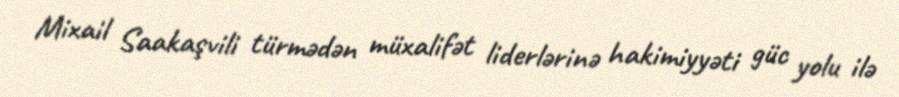
Mixail Saakaşvili türmədən müxalifət liderlərinə hakimiyyəti güc yolu ilə